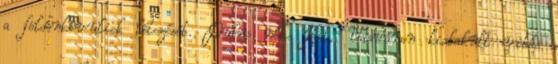
a földönkívüliek létezését. Dühös nők: Két, Vasváron kialakult vitás